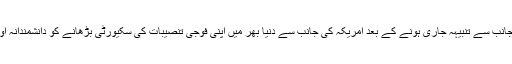
انہوں نے ایف بی آئی کی جانب سے تنبیہہ جاری ہونے کے بعد امریکہ کی جانب سے دنیا بھر میں اپنی فوجی تنصیبات کی سکیورٹی بڑھانے کو دانشمندانہ اور محتاط اقدامات قرار دیا۔